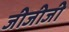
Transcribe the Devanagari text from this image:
जीजीजी